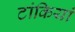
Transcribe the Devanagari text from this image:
टांकियां